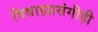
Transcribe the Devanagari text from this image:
विवाहप्रसंगीही